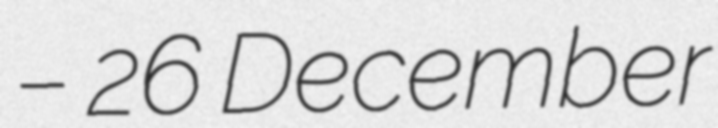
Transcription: – 26 December